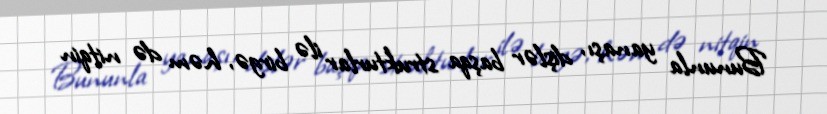
Bununla yanaşı, dişlər başqa strukturlar ilə birgə, həm də nitqin